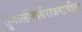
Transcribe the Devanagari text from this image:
तुंगार्लीमार्गेराजमाचीला